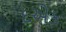
દએક